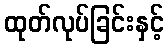
ထုတ်လုပ်ခြင်းနှင့်